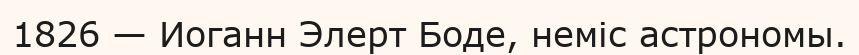
1826 — Иоганн Элерт Боде, неміс астрономы.